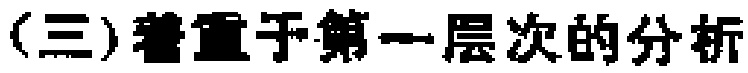
(三)着重于第一层次的分析